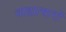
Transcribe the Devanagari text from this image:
वाह्याचारों